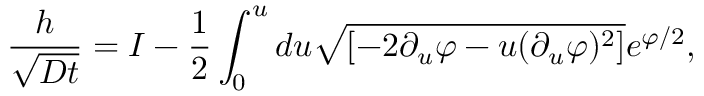
\frac { h } { \sqrt { D t } } = I - \frac { 1 } { 2 } \int _ { 0 } ^ { u } d u \sqrt { [ - 2 \partial _ { u } \varphi - u ( \partial _ { u } \varphi ) ^ { 2 } ] } e ^ { \varphi / 2 } ,